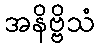
အနိဗ္ဗိသံ